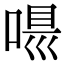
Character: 𠸵